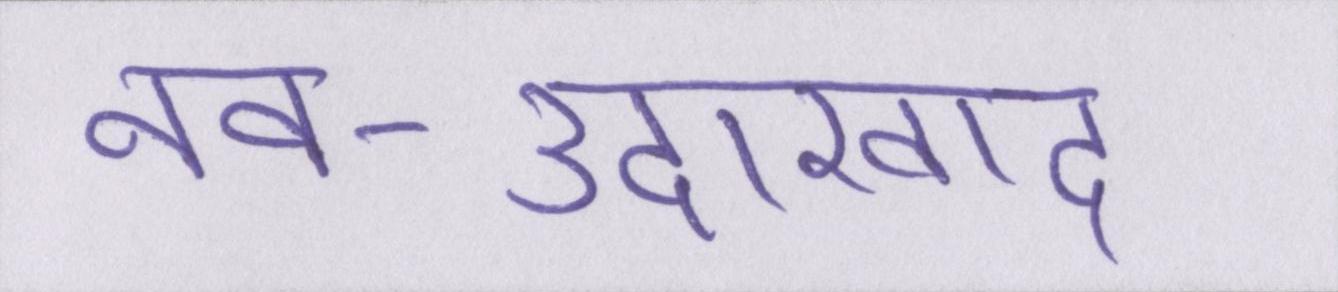
नव-उदारवाद